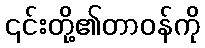
၎င်းတို့၏တာဝန်ကို